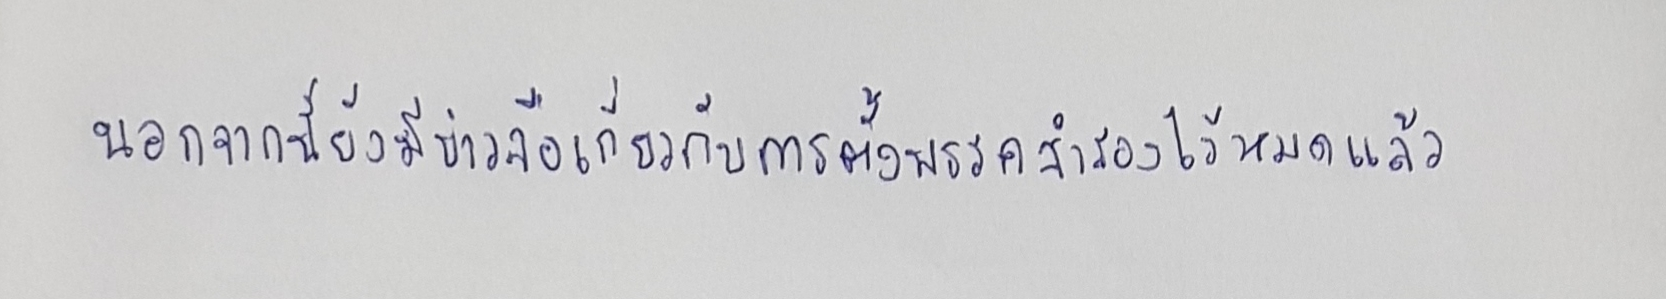
นอกจากนี้ยังมีข่าวลือเกี่ยวกับการตั้งพรรคสำรองไว้หมดแล้ว